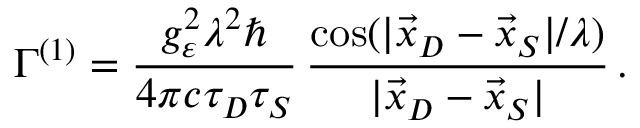
\Gamma ^ { ( 1 ) } = \frac { g _ { \varepsilon } ^ { 2 } \lambda ^ { 2 } \hbar } { 4 \pi c \tau _ { D } \tau _ { S } } \, \frac { \cos ( | \vec { x } _ { D } - \vec { x } _ { S } | / \lambda ) } { | \vec { x } _ { D } - \vec { x } _ { S } | } \, .